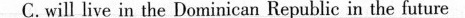
c. will live in the Dominican Hepublie in the future